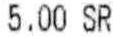
5.00 SR